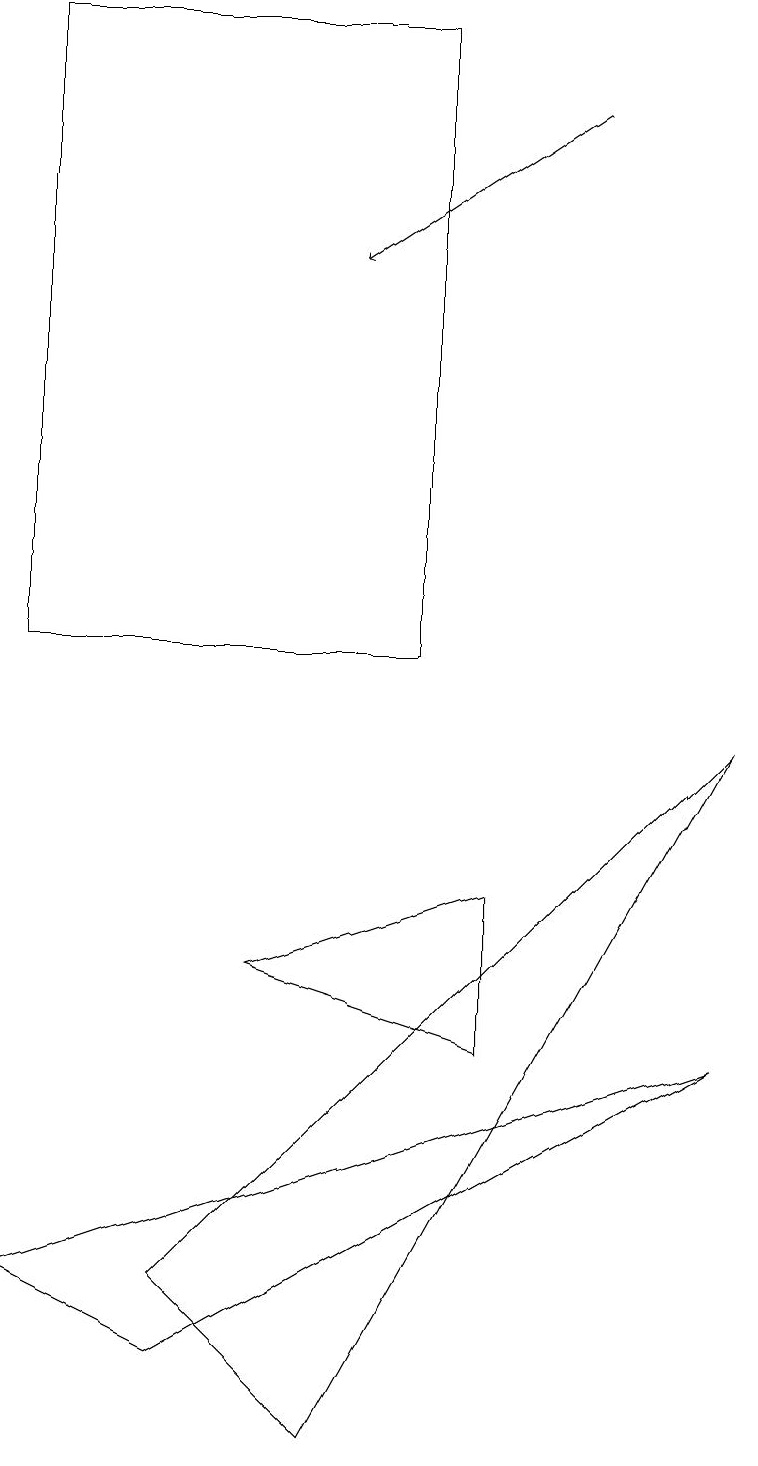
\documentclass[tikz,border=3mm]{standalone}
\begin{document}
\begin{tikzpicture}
\draw (9,9) -- (4,0) -- (2,2) -- cycle;
\draw (3,6) -- (6,7) -- (6,5) -- cycle;
\draw[->] (7,17) -- (4,15);
\draw (9,5) -- (0,2) -- (2,1) -- cycle;
\draw (0,10) rectangle (5,18);
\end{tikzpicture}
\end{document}